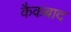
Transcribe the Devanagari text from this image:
कैकबाद